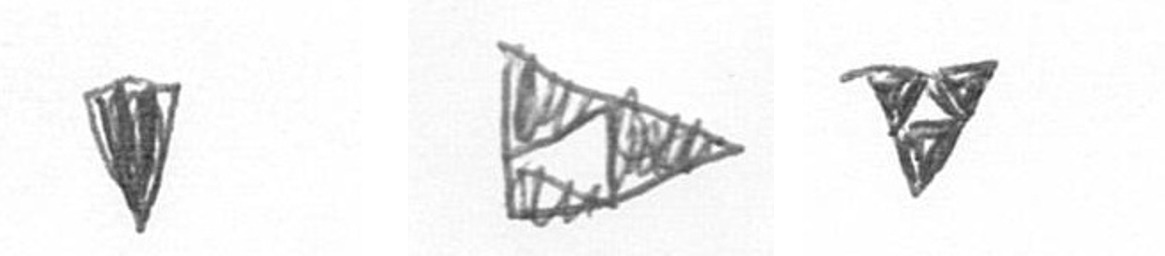
J K S